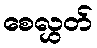
စေလွှတ်